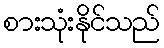
စားသုံးနိုင်သည်